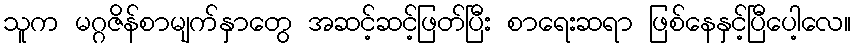
သူက မဂ္ဂဇိန်စာမျက်နှာတွေ အဆင့်ဆင့်ဖြတ်ပြီး စာရေးဆရာ ဖြစ်နေနှင့်ပြီပေါ့လေ။